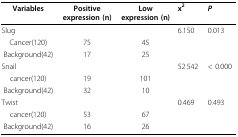
<table><thead><tr><td><b>Variables</b></td><td><b>Positive expression(n)</b></td><td><b>Low expression(n)</b></td><td><b>x<sup>2</sup></b></td><td><b><i>P</i></b></td></tr></thead><tbody><tr><td>Slug</td><td></td><td></td><td>6.150</td><td>0.013</td></tr><tr><td>Cancer(120)</td><td>75</td><td>45</td><td></td><td></td></tr><tr><td>Background(42)</td><td>17</td><td>25</td><td></td><td></td></tr><tr><td>Snail</td><td></td><td></td><td>52.542</td><td>&lt; 0.000</td></tr><tr><td>cancer(120)</td><td>19</td><td>101</td><td></td><td></td></tr><tr><td>Background(42)</td><td>32</td><td>10</td><td></td><td></td></tr><tr><td>Twist</td><td></td><td></td><td>0.469</td><td>0.493</td></tr><tr><td>cancer(120)</td><td>53</td><td>67</td><td></td><td></td></tr><tr><td>Background(42)</td><td>16</td><td>26</td><td></td><td></td></tr></tbody></table>